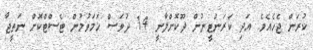
ކުރަން ޖެހެއެވެ. އަދި ކަރަންޓީނުން ދޫކޮށްލާނީ 14 ދުވަސް ހަމަވުމުން ޓެސްޓްކޮށް ނަތީޖާ